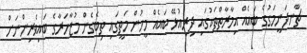
ޗާނދަނީމަގުގެ ބައެއް އިމާރާތްތަކުގައި ދިރިއުޅޭ ބައެއް މީހުން މަތީގައި ތިބެގެން މުޒާހަރާގެ ބައިވެރިންނަށް